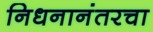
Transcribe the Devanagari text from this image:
निधनानंतरचा